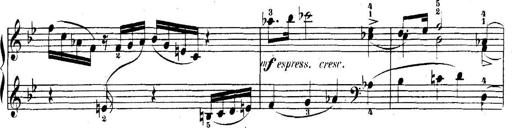
Title: 5 Sonatinas
Composer: Theodor Kirchner